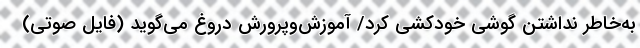
به‌خاطر نداشتن گوشی خودکشی کرد/ آموزش‌وپرورش دروغ می‌گوید (فایل صوتی)